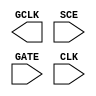
module sky130_fd_sc_hvl__sdlclkp (
    GCLK,
    SCE ,
    GATE,
    CLK
);

    output GCLK;
    input  SCE ;
    input  GATE;
    input  CLK ;

    // Voltage supply signals
    supply1 VPWR;
    supply0 VGND;
    supply1 VPB ;
    supply0 VNB ;

endmodule